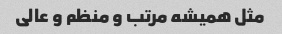
مثل همیشه مرتب و منظم و عالی